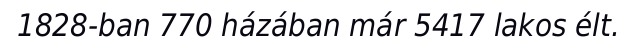
1828-ban 770 házában már 5417 lakos élt.